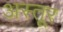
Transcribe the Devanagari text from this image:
अस्तूर